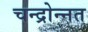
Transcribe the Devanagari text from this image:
चन्द्रोन्नत